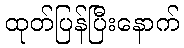
ထုတ်ပြန်ပြီးနောက်